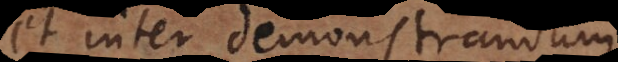
et inter demonstrandum